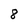
Character: 8